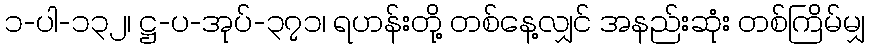
၁-ပါ-၁၃၂၊ ဋ္ဌ-ပ-အုပ်-၃၇၁၊ ရဟန်းတို့ တစ်နေ့လျှင် အနည်းဆုံး တစ်ကြိမ်မျှ